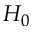
H _ { 0 }